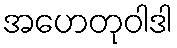
အဟေတုဝါဒါ